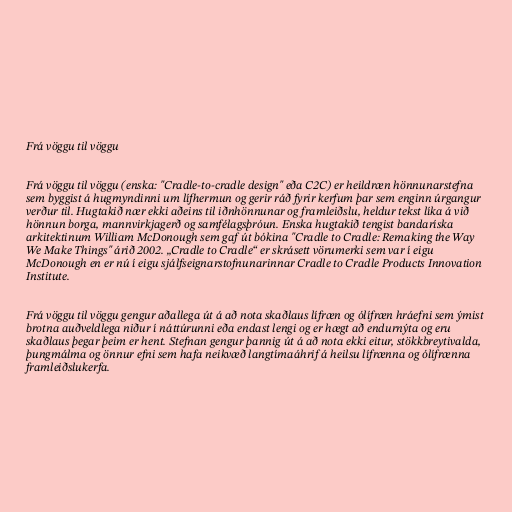
Frá vöggu til vöggu

Frá vöggu til vöggu (enska: "Cradle-to-cradle design" eða C2C) er heildræn hönnunarstefna
sem byggist á hugmyndinni um lífhermun og gerir ráð fyrir kerfum þar sem enginn úrgangur
verður til. Hugtakið nær ekki aðeins til iðnhönnunar og framleiðslu, heldur tekst líka á við
hönnun borga, mannvirkjagerð og samfélagsþróun. Enska hugtakið tengist bandaríska
arkitektinum William McDonough sem gaf út bókina "Cradle to Cradle: Remaking the Way
We Make Things" árið 2002. „Cradle to Cradle“ er skrásett vörumerki sem var í eigu
McDonough en er nú í eigu sjálfseignarstofnunarinnar Cradle to Cradle Products Innovation
Institute.

Frá vöggu til vöggu gengur aðallega út á að nota skaðlaus lífræn og ólífræn hráefni sem ýmist
brotna auðveldlega niður í náttúrunni eða endast lengi og er hægt að endurnýta og eru
skaðlaus þegar þeim er hent. Stefnan gengur þannig út á að nota ekki eitur, stökkbreytivalda,
þungmálma og önnur efni sem hafa neikvæð langtímaáhrif á heilsu lífrænna og ólífrænna
framleiðslukerfa.